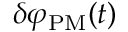
\delta \varphi _ { \mathrm { P M } } ( t )